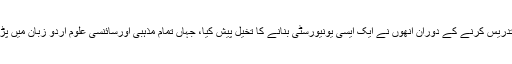
دار العلوم میں تدریس کرنے کے دوران انھوں نے ایک ایسی یونیورسٹی بنانے کا تخیل پیش کیا، جہاں تمام مذہبی اورسائنسی علوم اردو زبان میں پڑھائے جاسکیں۔